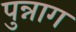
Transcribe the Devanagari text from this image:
पुन्नाग